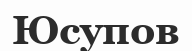
Юсупов